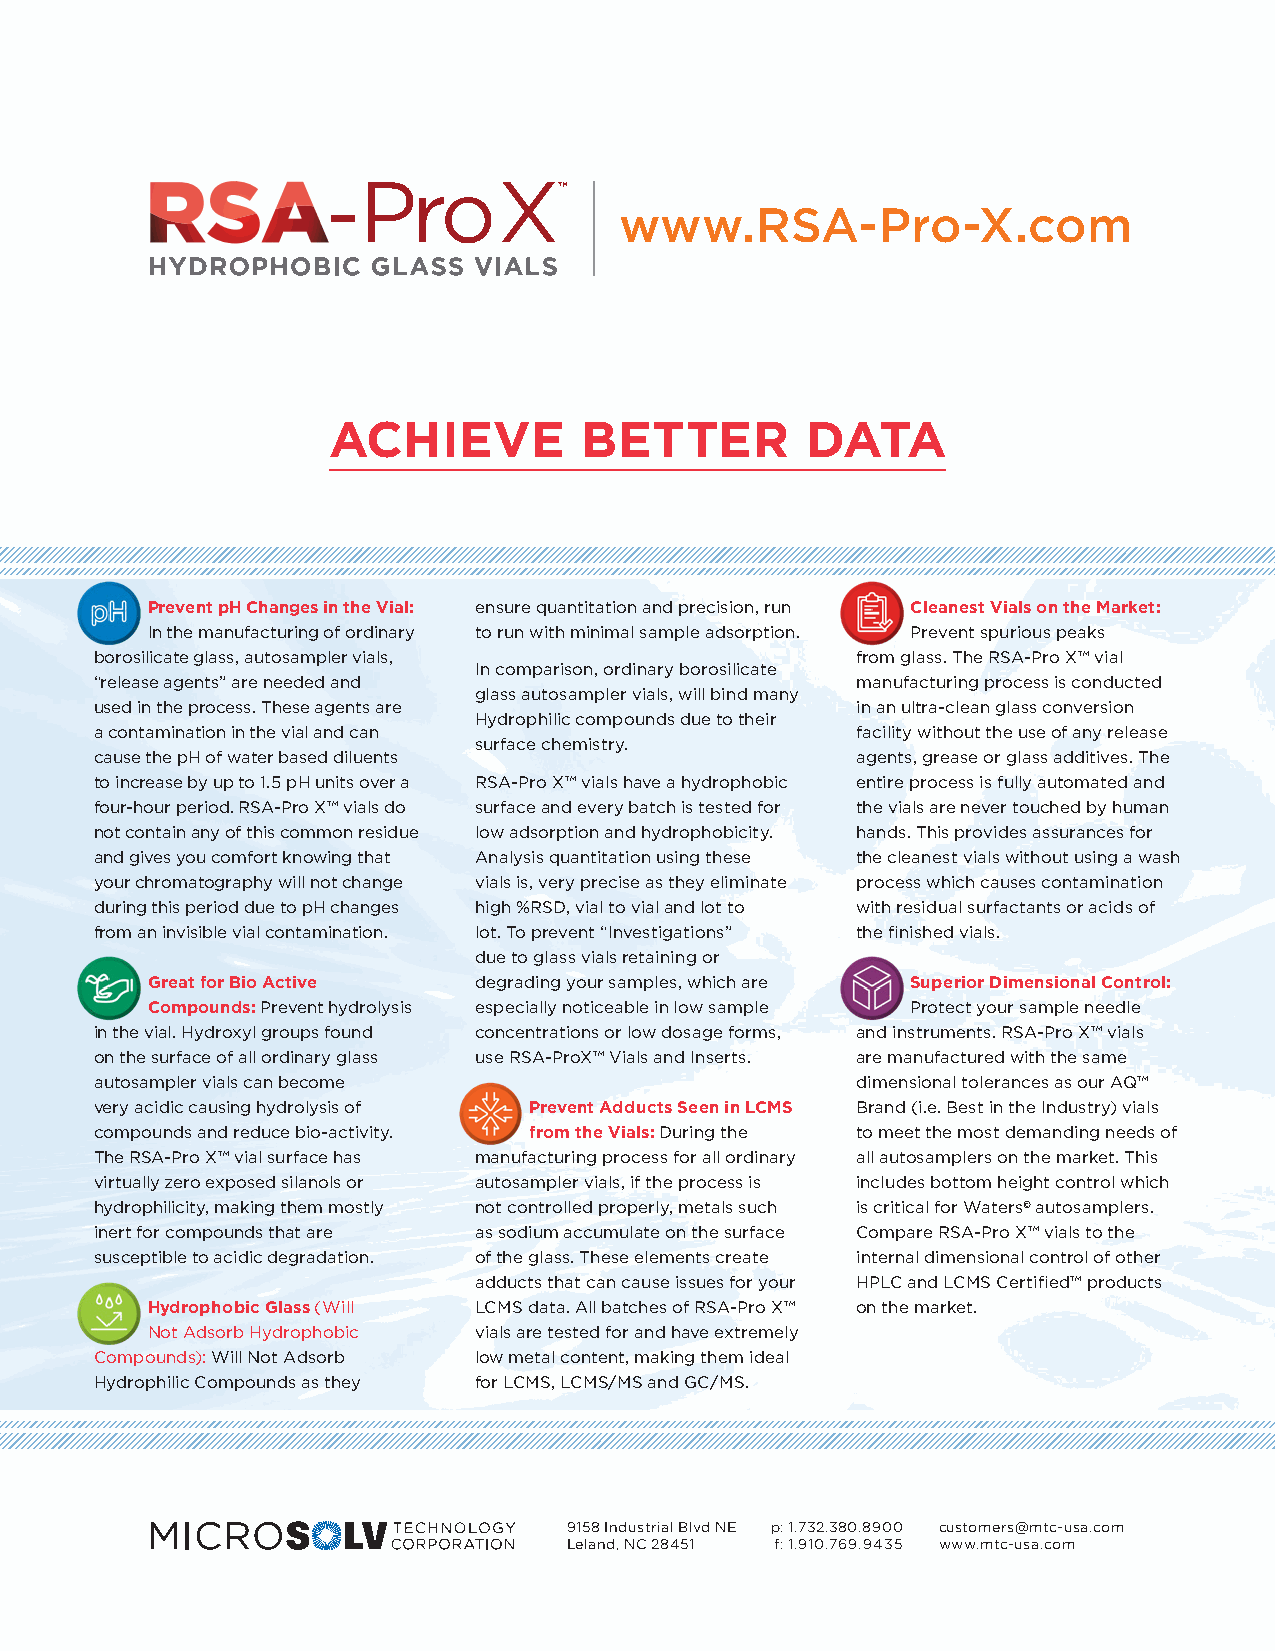
www.RSA-Pro-X.com
 ACHIEVE         BETTER         DATA
 Prevent pH Changes in the Vial: ensure quantitation and precision, run Cleanest Vials on the Market:
 In the manufacturing of ordinary to run with minimal sample adsorption. Prevent spurious peaks
 borosilicate glass, autosampler vials,             from glass. The RSA-Pro X™ vial
 In comparison, ordinary borosilicate
 “release agents” are needed and                    manufacturing process is conducted
 glass autosampler vials, will bind many
 used in the process. These agents are              in an ultra-clean glass conversion
 Hydrophilic compounds due to their
 a contamination in the vial and can                facility without the use of any release
 surface chemistry.
 cause the pH of water based diluents               agents, grease or glass additives. The
 to increase by up to 1.5 pH units over a RSA-Pro X™ vials have a hydrophobic entire process is fully automated and
 four-hour period. RSA-Pro X™ vials do surface and every batch is tested for the vials are never touched by human
 not contain any of this common residue low adsorption and hydrophobicity. hands. This provides assurances for
 and gives you comfort knowing that Analysis quantitation using these the cleanest vials without using a wash
 your chromatography will not change vials is, very precise as they eliminate process which causes contamination
 during this period due to pH changes high %RSD, vial to vial and lot to with residual surfactants or acids of
 from an invisible vial contamination. lot. To prevent “Investigations” the finished vials.
 due to glass vials retaining or
 Great for Bio Active degrading your samples, which are Superior Dimensional Control:
 Compounds: Prevent hydrolysis especially noticeable in low sample Protect your sample needle
 in the vial. Hydroxyl groups found concentrations or low dosage forms, and instruments. RSA-Pro X™ vials
 on the surface of all ordinary glass use RSA-ProX™ Vials and Inserts. are manufactured with the same
 autosampler vials can become                       dimensional tolerances as our AQ™
 very acidic causing hydrolysis of Prevent Adducts Seen in LCMS Brand (i.e. Best in the Industry) vials
 compounds and reduce bio-activity. from the Vials: During the to meet the most demanding needs of
 The RSA-Pro X™ vial surface has manufacturing process for all ordinary all autosamplers on the market. This
 virtually zero exposed silanols or autosampler vials, if the process is includes bottom height control which
 hydrophilicity, making them mostly not controlled properly, metals such is critical for Waters© autosamplers.
 inert for compounds that are as sodium accumulate on the surface Compare RSA-Pro X™ vials to the
 susceptible to acidic degradation. of the glass. These elements create internal dimensional control of other
 adducts that can cause issues for your HPLC and LCMS Certified™ products
 Hydrophobic Glass (Will LCMS data. All batches of RSA-Pro X™ on the market.
 Not Adsorb Hydrophobic vials are tested for and have extremely
 Compounds): Will Not Adsorb low metal content, making them ideal
 Hydrophilic Compounds as they for LCMS, LCMS/MS and GC/MS.
 9158 Industrial Blvd NE p: 1.732.380.8900 customers@mtc-usa.com
 Leland, NC 28451 f: 1.910.769.9435 www.mtc-usa.com